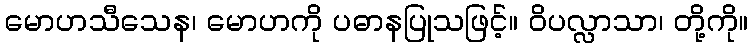
မောဟသီသေန၊ မောဟကို ပဓာနပြုသဖြင့်။ ဝိပလ္လာသာ၊ တို့ကို။